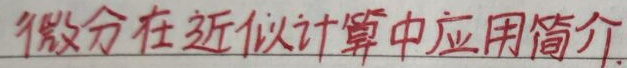
微分在近似计算中应用简介